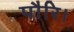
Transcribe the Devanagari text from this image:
पौरि।